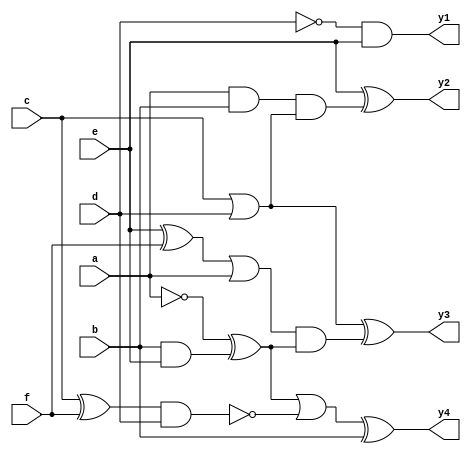
module ckt_dataflow(a,b,c,d,e,f,y1,y2,y3,y4);
	input a,b,c,d,e,f;
	output y1,y2,y3,y4;
	wire w1,w2,w3,w4,w5,w6,w7,w8,w9,w10,w11,w12,w13,w14;
	assign w1=~d;
	assign y1=w1&e;
	assign w2=a&b;
	assign w3=c|d;
	assign w4=w2&w3;
	assign y2=e^w4;
	assign w5=e^f;
	assign w6=w5|a;
	assign w8=~a;
	assign w9=b&e;
	assign w10=w8^w9;
	assign w7=w6&w10;
	assign y3=w3^w7;
	assign w11=c^f;
	assign w12=w11&d;
	assign w13=~w12;
	assign w14=w10|w13;
	assign y4=w14^b;
endmodule